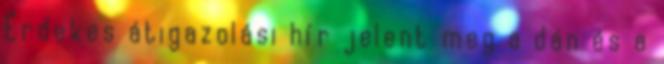
Érdekes átigazolási hír jelent meg a dán és a